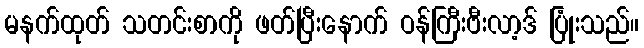
မနက်ထုတ် သတင်းစာကို ဖတ်ပြီးနောက် ဝန်ကြီးဗီးလာ့ဒ် ပြုံးသည်။